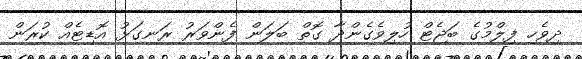
ދިވެހި ފިލްމުގެ ބަޖެޓް ހުލިވެގެންދާ ގޮތް ބަލަން ފެންވަރު ރަނގަޅު އޮޑިޓެއް ކުރަން